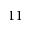
1 1